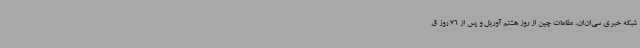
شبکه خبری سی‌ان‌ان، مقامات چین از روز هشتم آوریل و پس از 76 روز ق